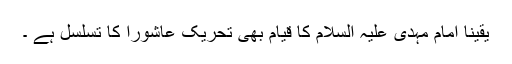
یقینا امام مہدی علیہ السلام کا قیام بھی تحریک عاشورا کا تسلسل ہے ۔